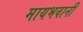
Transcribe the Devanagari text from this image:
मायभवानी